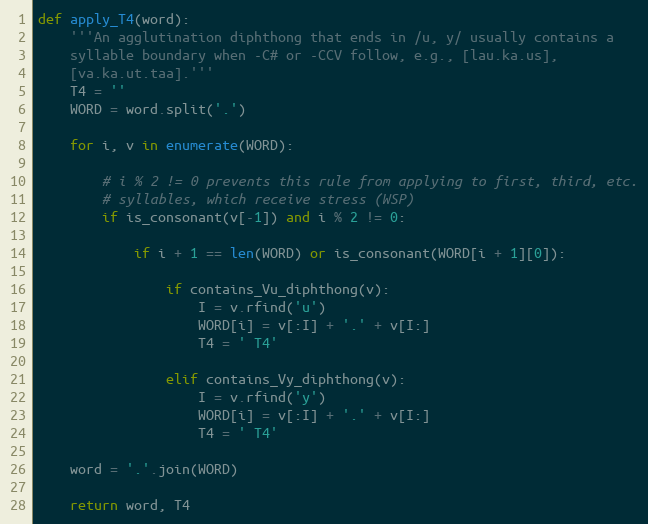
Language: Python
def apply_T4(word):
    '''An agglutination diphthong that ends in /u, y/ usually contains a
    syllable boundary when -C# or -CCV follow, e.g., [lau.ka.us],
    [va.ka.ut.taa].'''
    T4 = ''
    WORD = word.split('.')

    for i, v in enumerate(WORD):

        # i % 2 != 0 prevents this rule from applying to first, third, etc.
        # syllables, which receive stress (WSP)
        if is_consonant(v[-1]) and i % 2 != 0:

            if i + 1 == len(WORD) or is_consonant(WORD[i + 1][0]):

                if contains_Vu_diphthong(v):
                    I = v.rfind('u')
                    WORD[i] = v[:I] + '.' + v[I:]
                    T4 = ' T4'

                elif contains_Vy_diphthong(v):
                    I = v.rfind('y')
                    WORD[i] = v[:I] + '.' + v[I:]
                    T4 = ' T4'

    word = '.'.join(WORD)

    return word, T4